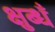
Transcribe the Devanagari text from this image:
क्षुब्धँ